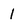
Character: 1